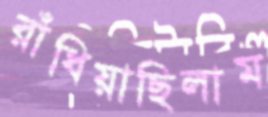
রাঁধিয়াছিলাম